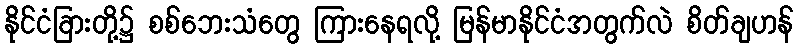
နိုင်ငံခြားတို့၌ စစ်ဘေးသံတွေ ကြားနေရလို့ မြန်မာနိုင်ငံအတွက်လဲ စိတ်ချဟန်